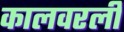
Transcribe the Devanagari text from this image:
कालवरली